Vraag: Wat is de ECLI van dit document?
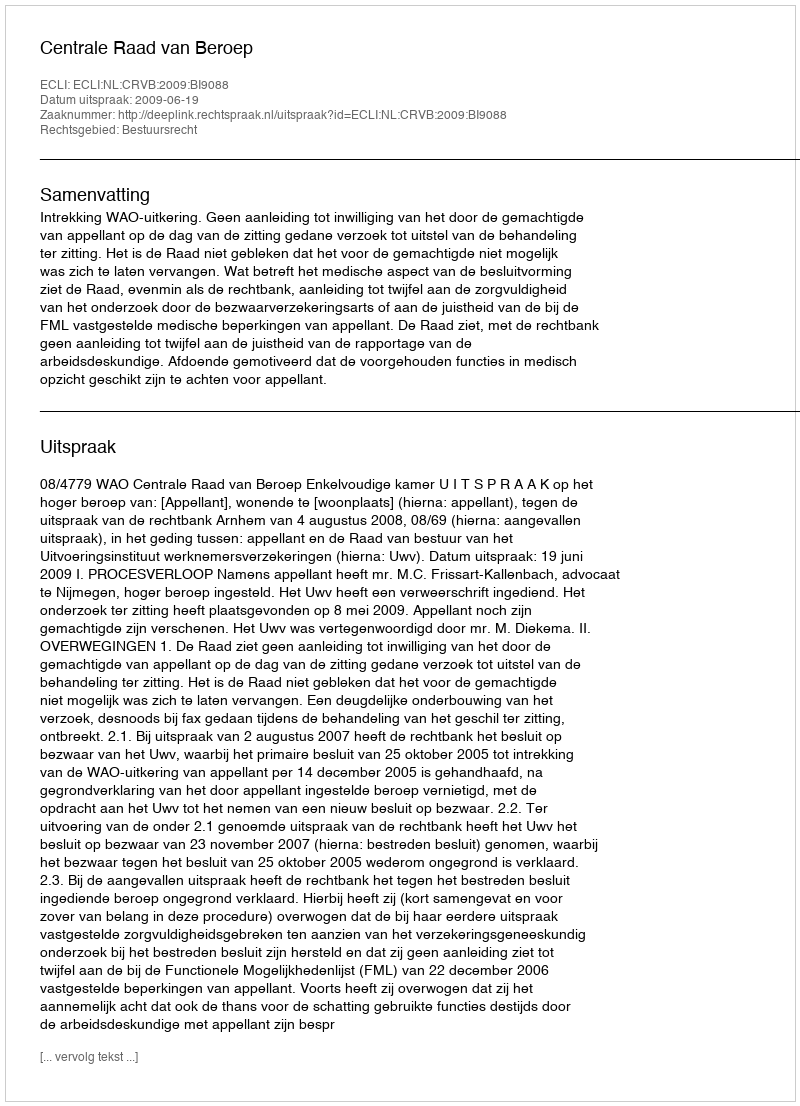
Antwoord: ECLI:NL:CRVB:2009:BI9088